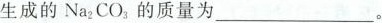
生成的Na_{2}CO_{3}的质量为___。